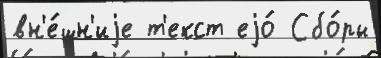
вн'е́шн'иjе т'екст еjо́ Сбо́ры